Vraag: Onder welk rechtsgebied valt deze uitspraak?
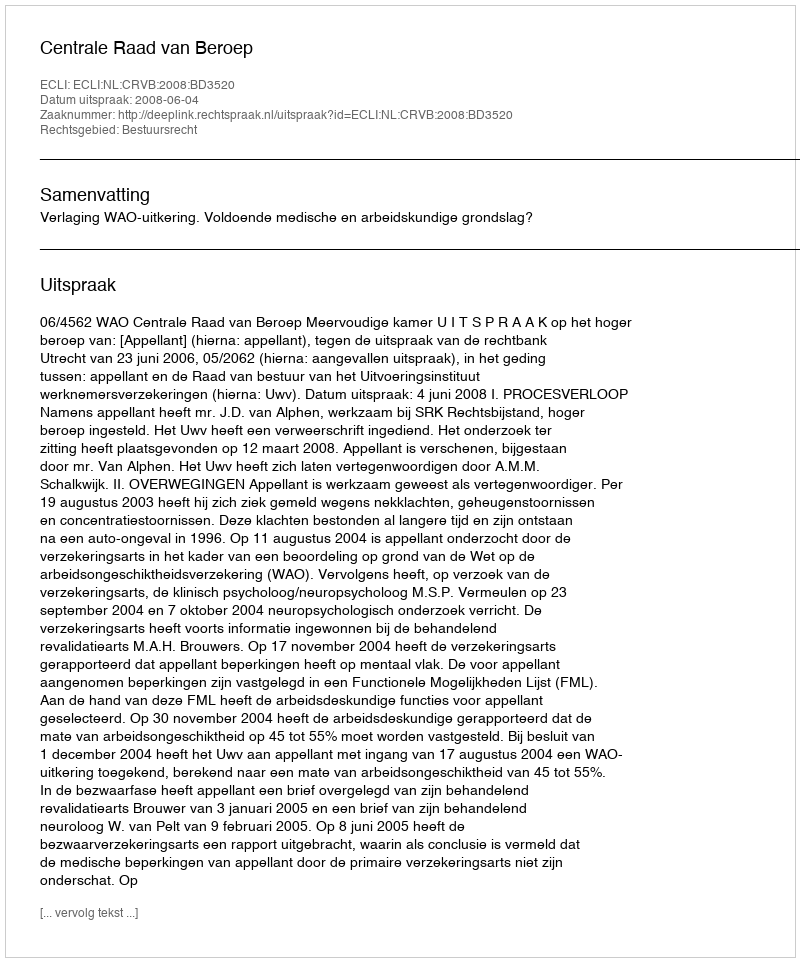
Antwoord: Bestuursrecht